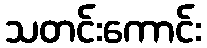
သတင်းကောင်း